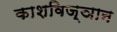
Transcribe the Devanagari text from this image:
काशविज्ञान